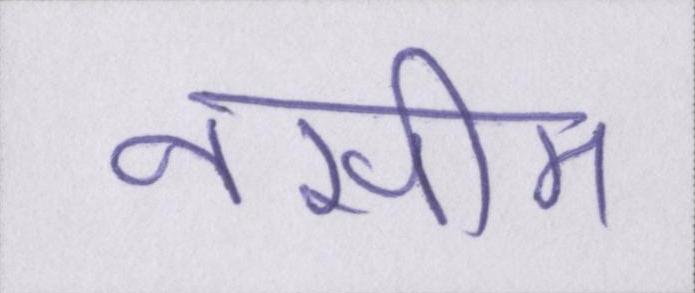
नसीम